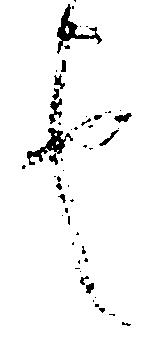
也